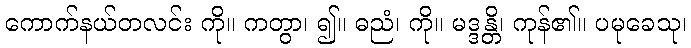
ကောက်နယ်တလင်း ကို။ ကတွာ၊ ၍။ ဓညံ၊ ကို။ မဒ္ဒန္တိ၊ ကုန်၏။ ပမုခေသု၊